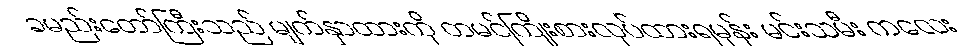
ခမည်းတော်ကြီးသည် မျက်နှာထားကို တမင်ကြိုးစားလုပ်ထားရမှန်း မင်းသမီး ကလေး